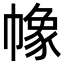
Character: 𢄵